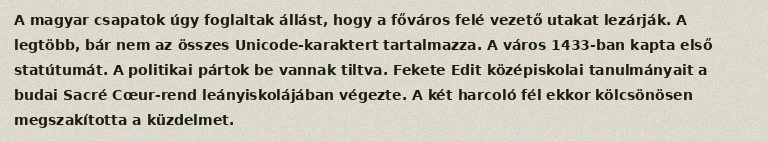
A magyar csapatok úgy foglaltak állást, hogy a főváros felé vezető utakat lezárják. A legtöbb, bár nem az összes Unicode-karaktert tartalmazza. A város 1433-ban kapta első statútumát. A politikai pártok be vannak tiltva. Fekete Edit középiskolai tanulmányait a budai Sacré Cœur-rend leányiskolájában végezte. A két harcoló fél ekkor kölcsönösen megszakította a küzdelmet.